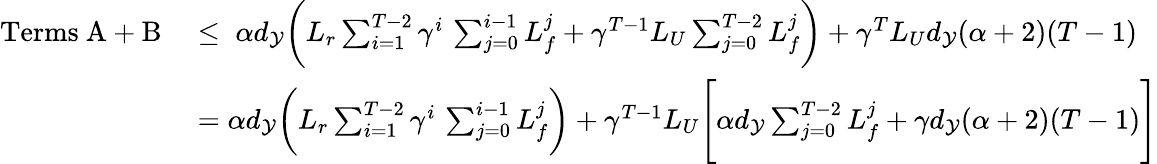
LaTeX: \begin{array}{rl}{\mathrm{Terms~A}+\mathrm{B}\; }&{\le\; \alpha d_{\mathcal{Y}}\biggl(L_{r}\sum_{i=1}^{T-2}\gamma^{i}\, \sum_{j=0}^{i-1}L_{f}^{j}+\gamma^{T-1}L_{U}\sum_{j=0}^{T-2}L_{f}^{j}\biggr)+\gamma^{T}L_{U}d_{\mathcal{Y}}(\alpha+2)(T-1)}\\ &{=\alpha d_{\mathcal{Y}}\biggl(L_{r}\sum_{i=1}^{T-2}\gamma^{i}\, \sum_{j=0}^{i-1}L_{f}^{j}\biggr)+\gamma^{T-1}L_{U}\Biggl[\alpha d_{\mathcal{Y}}\sum_{j=0}^{T-2}L_{f}^{j}+\gamma d_{\mathcal{Y}}(\alpha+2)(T-1)\Biggr]}\end{array}